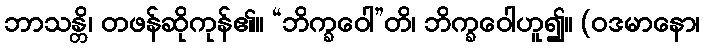
ဘာသန္တိ၊ တဖန်ဆိုကုန်၏။ “ဘိက္ခဝေါ”တိ၊ ဘိက္ခဝေါဟူ၍။ (ဝဒမာနော၊